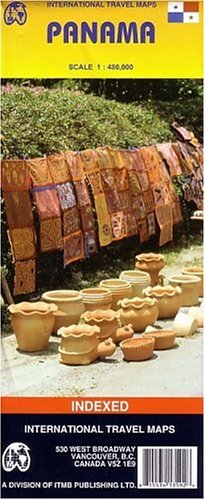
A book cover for Waterproof Panama Map by ITMB (International Travel Country Maps: Panama); ITMB Canada; Travel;